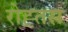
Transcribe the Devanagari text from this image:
रोह्तस